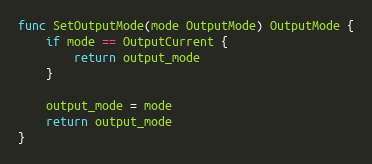
Language: Go
func SetOutputMode(mode OutputMode) OutputMode {
	if mode == OutputCurrent {
		return output_mode
	}

	output_mode = mode
	return output_mode
}